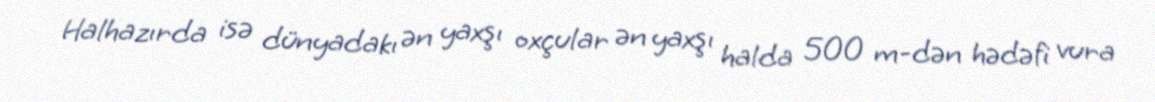
Halhazırda isə dünyadakı ən yaxşı oxçular ən yaxşı halda 500 m-dən hədəfi vura